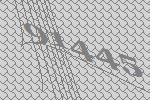
91445